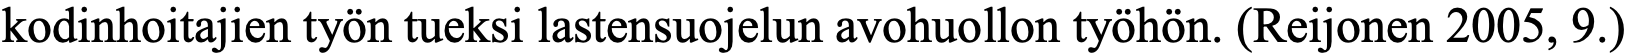
kodinhoitajien työn tueksi lastensuojelun avohuollon työhön. (Reijonen 2005, 9.)